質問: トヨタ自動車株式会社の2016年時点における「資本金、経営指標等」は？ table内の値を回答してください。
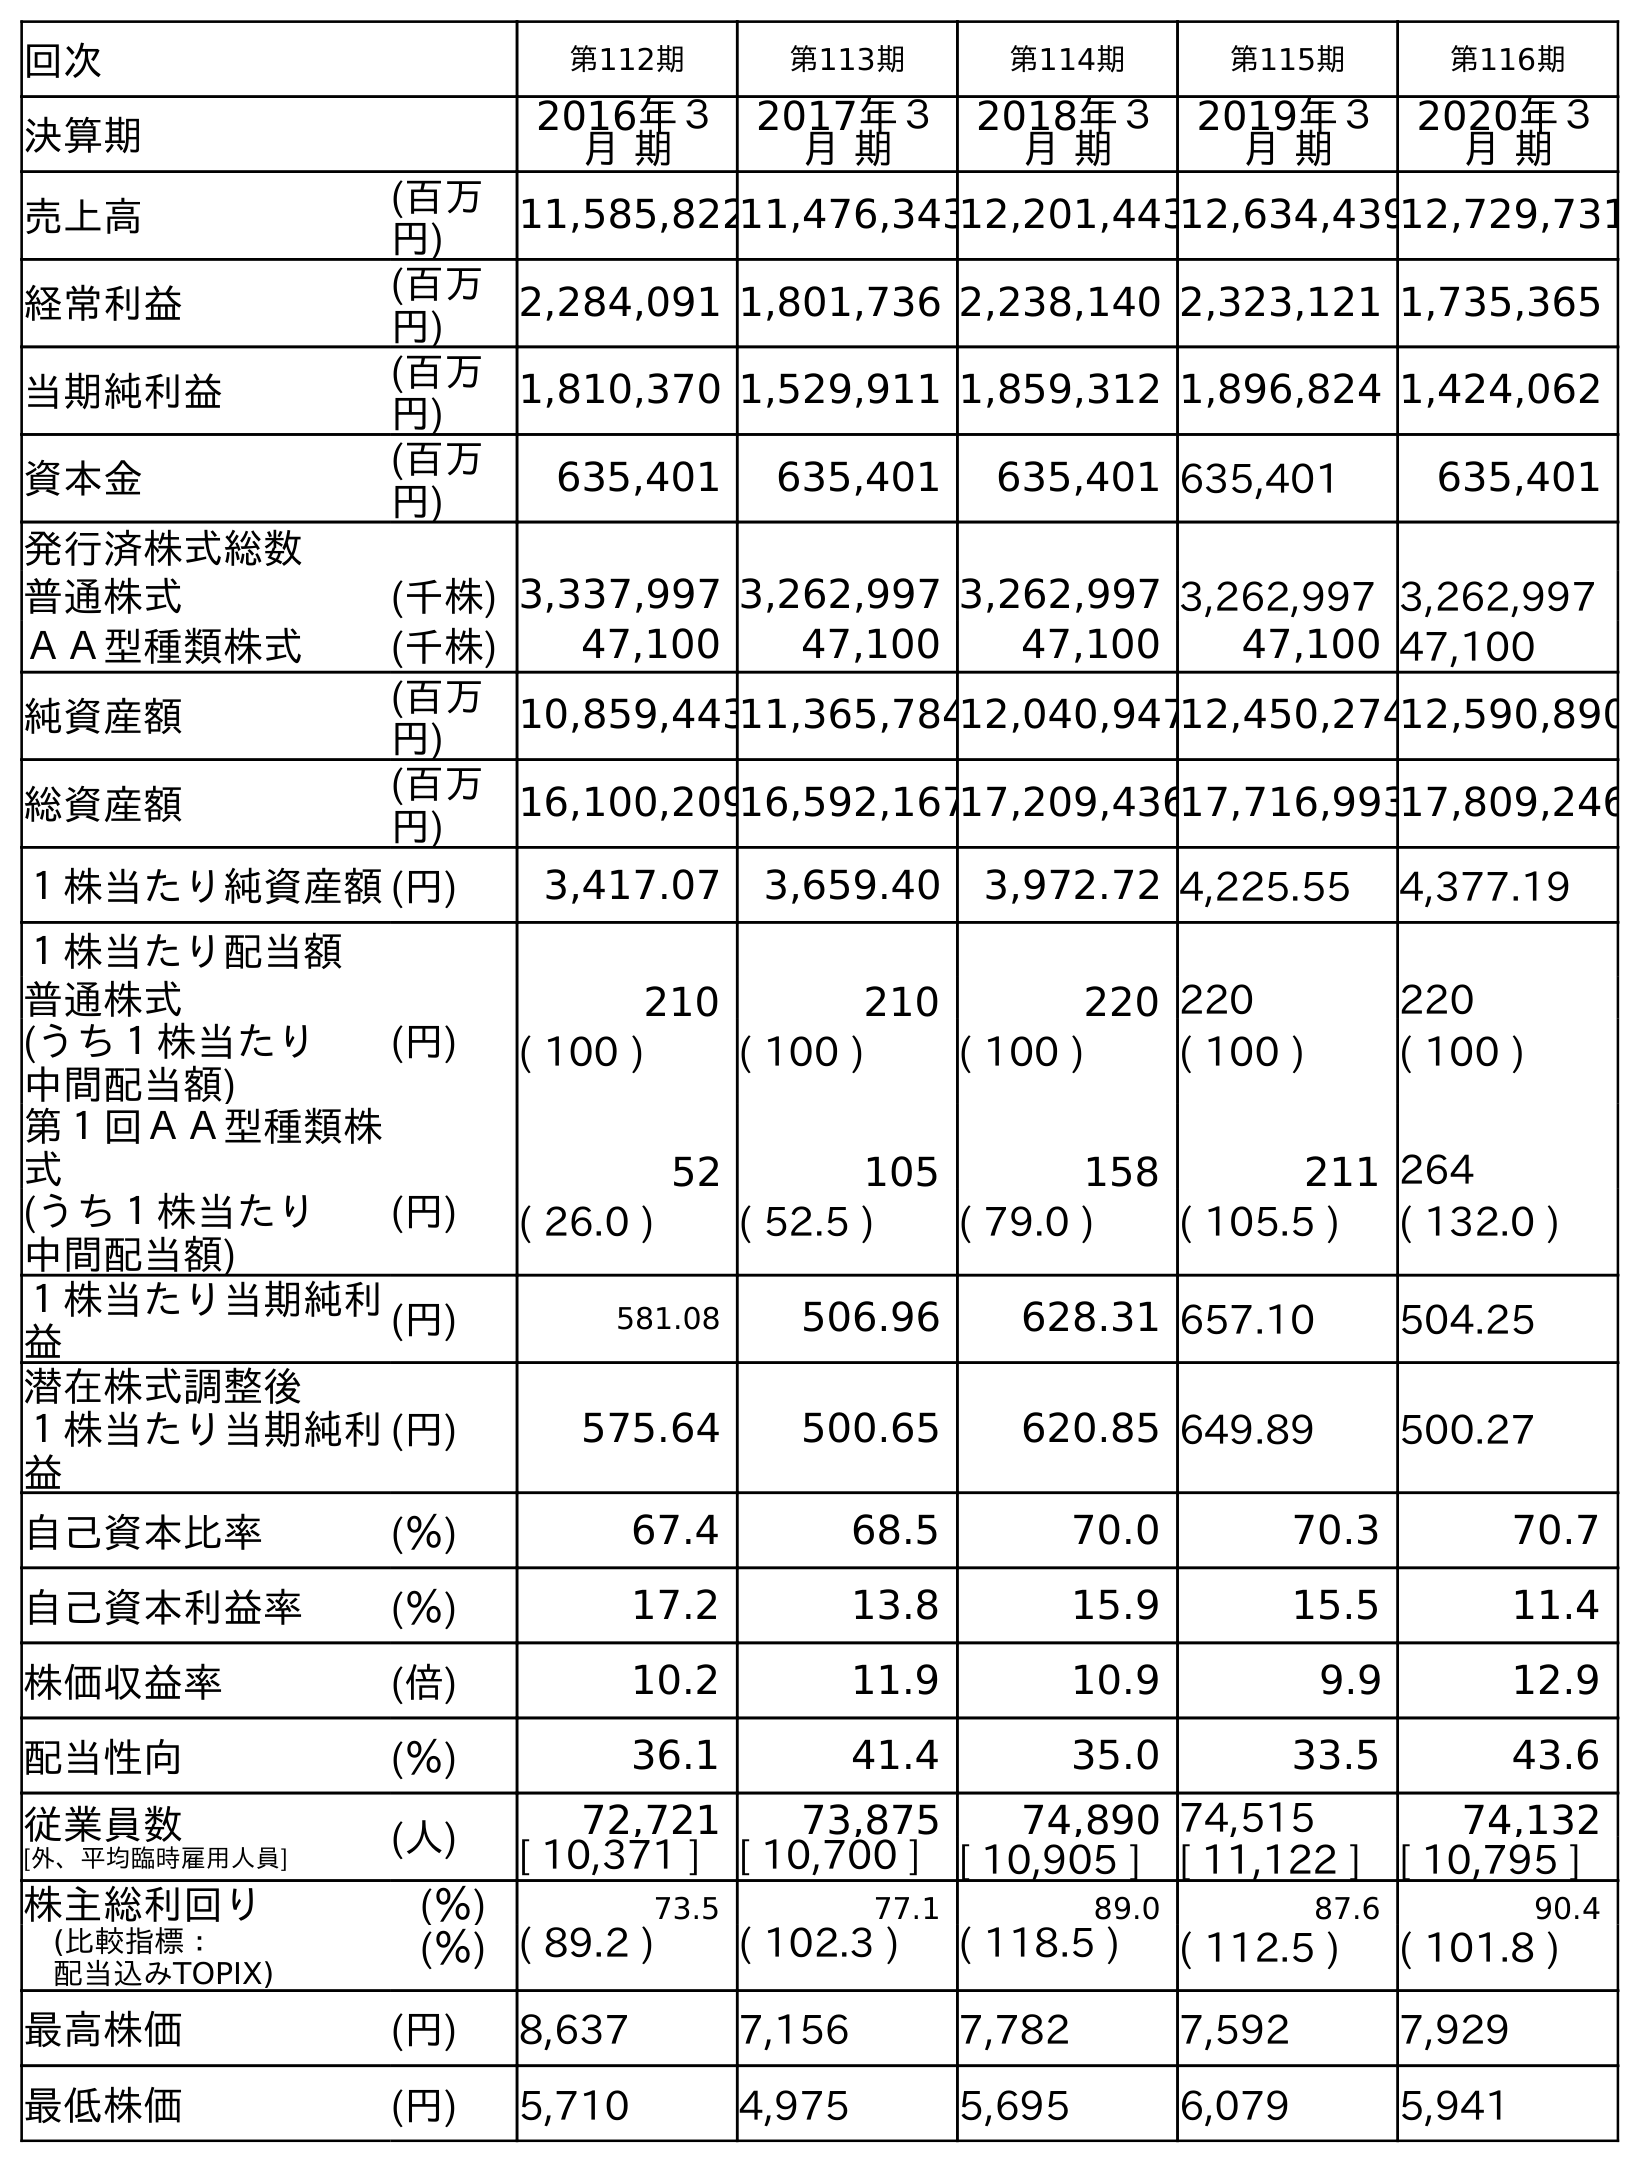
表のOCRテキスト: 回次 第112期 第113期 第114期 第115期 第116期 決算期 2016年３ 月 期 2017年３ 月 期 2018年３ 月 期 2019年３ 月 期 2020年３ 月 期 売上高 (百万 円) 11,585,82211,476,34312,201,44312,634,43912,729,731 経常利益 (百万 円) 2,284,091 1,801,736 2,238,140 2,323,121 1,735,365 当期純利益 (百万 円) 1,810,370 1,529,911 1,859,312 1,896,824 1,424,062 資本金 (百万 円) 635,401 635,401 635,401 635,401 635,401 発行済株式総数 普通株式 (千株) 3,337,997 3,262,997 3,262,997 3,262,997 3,262,997 ＡＡ型種類株式 (千株) 47,100 47,100 47,100 47,100 47,100 純資産額 (百万 円) 10,859,44311,365,78412,040,94712,450,27412,590,890 総資産額 (百万 円) 16,100,20916,592,16717,209,43617,716,99317,809,246 １株当たり純資産額(円) 3,417.07 3,659.40 3,972.72 4,225.55 4,377.19 １株当たり配当額 普通株式 (円) 210 210 220 220 220 (うち１株当たり 中間配当額) ( 100 ) ( 100 ) ( 100 ) ( 100 ) ( 100 ) 第１回ＡＡ型種類株 式 52 105 158 211 264 (うち１株当たり 中間配当額) (円) ( 26.0 ) ( 52.5 ) ( 79.0 ) ( 105.5 ) ( 132.0 ) １株当たり当期純利 益 (円) 581.08 506.96 628.31 657.10 504.25 潜在株式調整後 １株当たり当期純利 益 (円) 575.64 500.65 620.85 649.89 500.27 自己資本比率 (％) 67.4 68.5 70.0 70.3 70.7 自己資本利益率 (％) 17.2 13.8 15.9 15.5 11.4 株価収益率 (倍) 10.2 11.9 10.9 9.9 12.9 配当性向 (％) 36.1 41.4 35.0 33.5 43.6 従業員数 [外、平均臨時雇用人員] (人) 72,721 73,875 74,890 74,515 74,132 [ 10,371 ] [ 10,700 ] [ 10,905 ] [ 11,122 ] [ 10,795 ] 株主総利回り (％) 73.5 77.1 89.0 87.6 90.4 (比較指標： 配当込みTOPIX) (％) ( 89.2 ) ( 102.3 ) ( 118.5 ) ( 112.5 ) ( 101.8 ) 最高株価 (円) 8,637 7,156 7,782 7,592 7,929 最低株価 (円) 5,710 4,975 5,695 6,079 5,941
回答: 635,401